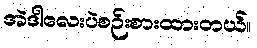
အဲဒါလေးပဲစဉ်းစားထားတယ်။